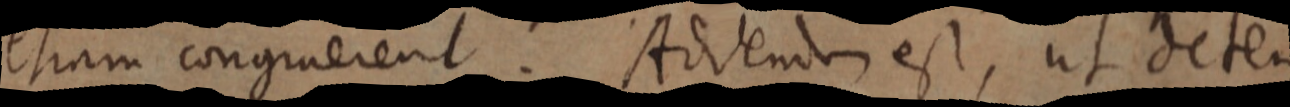
etiam congruerent. Addendo est, ut deter